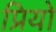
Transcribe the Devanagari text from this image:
प्रियो